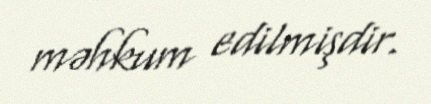
məhkum edilmişdir.